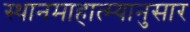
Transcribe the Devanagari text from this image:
स्थानमाहात्म्यानुसार